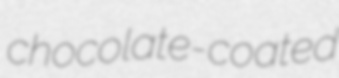
chocolate-coated